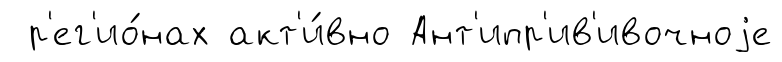
р'ег'ио́нах акт'и́вно Ант'ипр'ив'ивочноjе